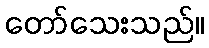
တော်သေးသည်။